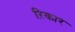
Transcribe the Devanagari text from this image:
ऱिकार